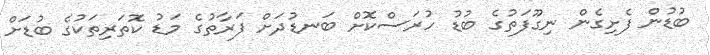
ބުޑުން ފެށިގެން ނިގޫފަތުގެ ބުޑު ހުރަސްކޮށް ބަނޑުދަށް ފަރާތުގެ މަޑު ކޮތަރިތަކުގެ ބުޑަށް